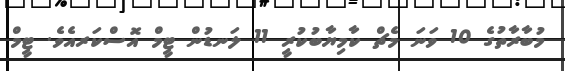
މުބާރާތުގެ 10 ވަނަ މެޗް ކާމިޔާބުކުރީ 11 ލަނޑުން ޓީމް އޮސްކަރއެވެ. ޓީމް